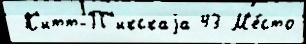
 К'итт-П'икскаjа 43 М'е́сто